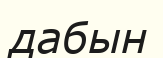
дабын